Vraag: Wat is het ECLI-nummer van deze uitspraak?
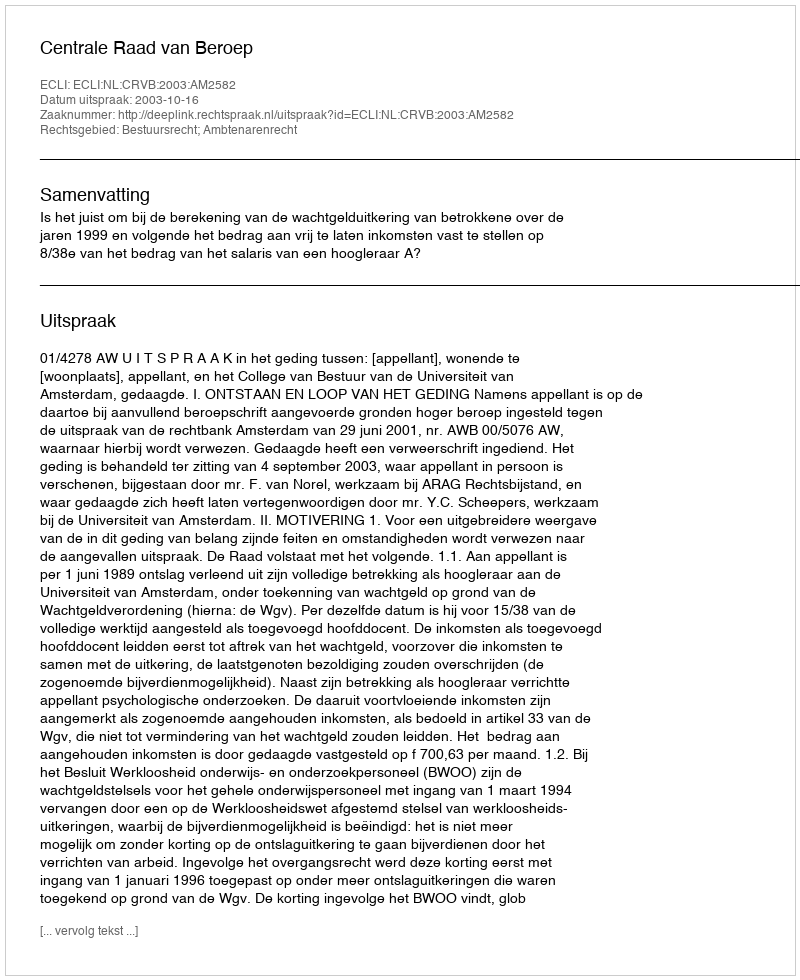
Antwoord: ECLI:NL:CRVB:2003:AM2582